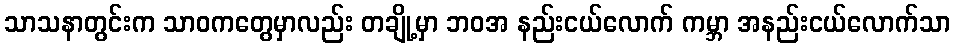
သာသနာတွင်းက သာဝကတွေမှာလည်း တချို့မှာ ဘဝအ နည်းငယ်လောက် ကမ္ဘာ အနည်းငယ်လောက်သာ